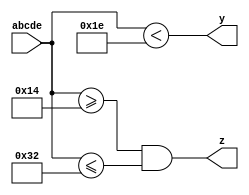
module LogicModule(input wire [4:0] abcde, output reg y, output reg z);

    always @(abcde) begin
        y = (abcde < 30);
        z = (abcde >= 20) && (abcde <= 50);
    end

endmodule